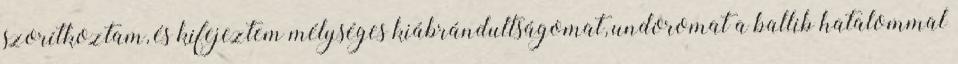
szorítkoztam, és kifejeztem mélységes kiábrándultságomat, undoromat a ballib hatalommal